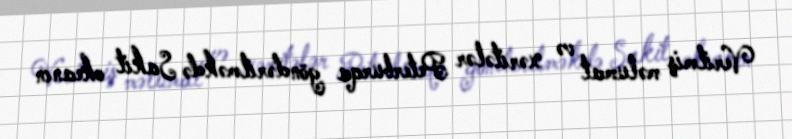
Verilmiş məlumat və xəritələr Peterburqa göndərilməkdə Sakit okeanın